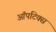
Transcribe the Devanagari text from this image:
ऑपटिक्स